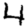
Digit: 4